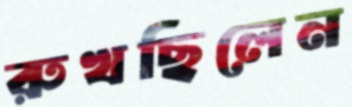
রুখছিলেন